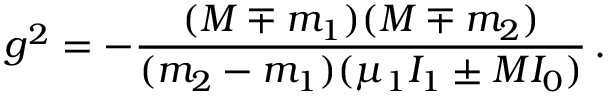
g ^ { 2 } = - \frac { ( M \mp m _ { 1 } ) ( M \mp m _ { 2 } ) } { ( m _ { 2 } - m _ { 1 } ) ( \mu _ { 1 } I _ { 1 } \pm M I _ { 0 } ) } \, .